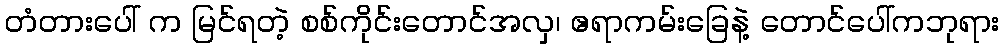
တံတားပေါ် က မြင်ရတဲ့ စစ်ကိုင်းတောင်အလှ၊ ဧရာကမ်းခြေနဲ့ တောင်ပေါ်ကဘုရား